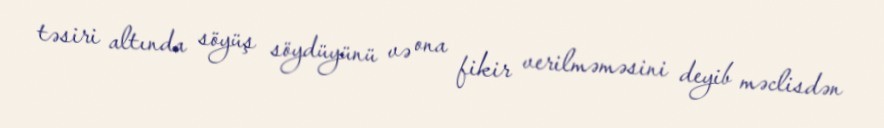
təsiri altında söyüş söydüyünü və ona fikir verilməməsini deyib məclisdən